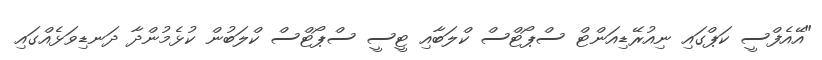
"އޭއެފްސީ ކަޕްގައި ނިއުރޭޑިއަންޓް ސްޕޯޓްސް ކްލަބާއި ޓީސީ ސްޕޯޓްސް ކްލަބުން ކުޅެމުންދާ ދަނޑިވަޅެއްގައި